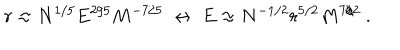
LaTeX: r \approx N ^ { 1 / 5 } E ^ { 2 / 5 } M ^ { - 7 / 5 } \ \leftrightarrow \ E \approx N ^ { - 1 / 2 } r ^ { 5 / 2 } M ^ { 7 / 2 } \ .